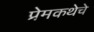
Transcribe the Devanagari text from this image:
प्रेमकथेचे